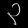
Digit: ၃